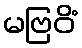
မဗြဝိံ